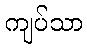
ကျပ်သာ